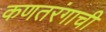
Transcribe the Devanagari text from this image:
कणतरंगाची